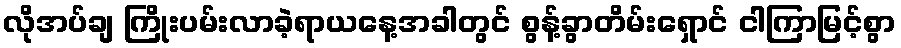
လိုအပ်ချ ကြိုးပမ်းလာခဲ့ရာယနေ့အခါတွင် စွန့်ခွာတိမ်းရှောင် ငါကြာမြင့်စွာ